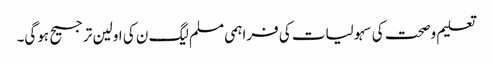
تعلیم وصحت کی سہولیات کی فراہمی مسلم لیگ ن کی اولین ترجیح ہوگی۔